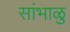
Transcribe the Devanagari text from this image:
सांभाळु